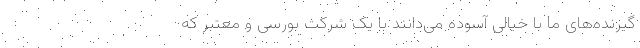
گیرنده‌های ما با خیالی آسوده می‌دانند با یک شرکت بورسی و معتبر که